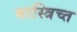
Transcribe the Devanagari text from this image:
मास्त्रिच्त